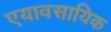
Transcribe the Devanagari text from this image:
एयावसायिक